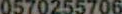
0570255706